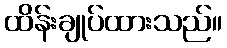
ထိန်းချုပ်ထားသည်။